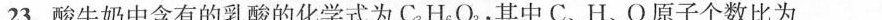
23.酸牛奶中含有的乳酸的化学式为C_3H_6O_3，其中C、H、O原子个数比为_____。